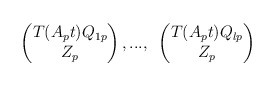
\begin{align*} \begin{pmatrix}T(A_{p}t)Q_{1p}\\Z_{p}\end{pmatrix},...,\textrm{ }\begin{pmatrix}T(A_{p}t)Q_{lp}\\Z_{p}\end{pmatrix} \end{align*}